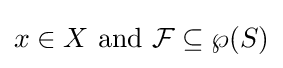
x\in X{\text{ and }}{\mathcal {F}}\subseteq \wp (S)